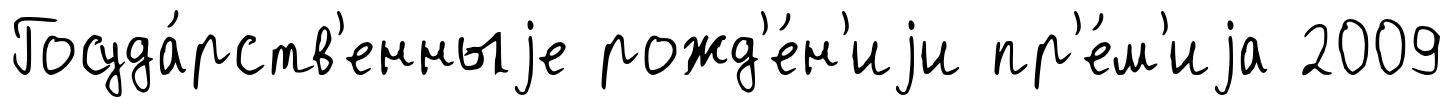
Госуда́рств'енныjе рожд'е́н'иjи пр'е́м'иjа 2009